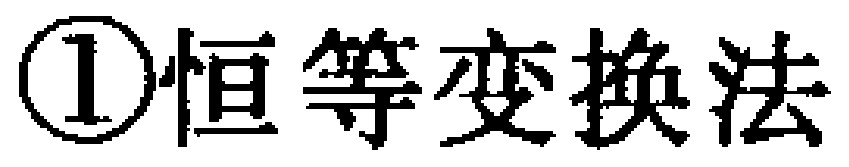
\textcircled{1}恒等变换法